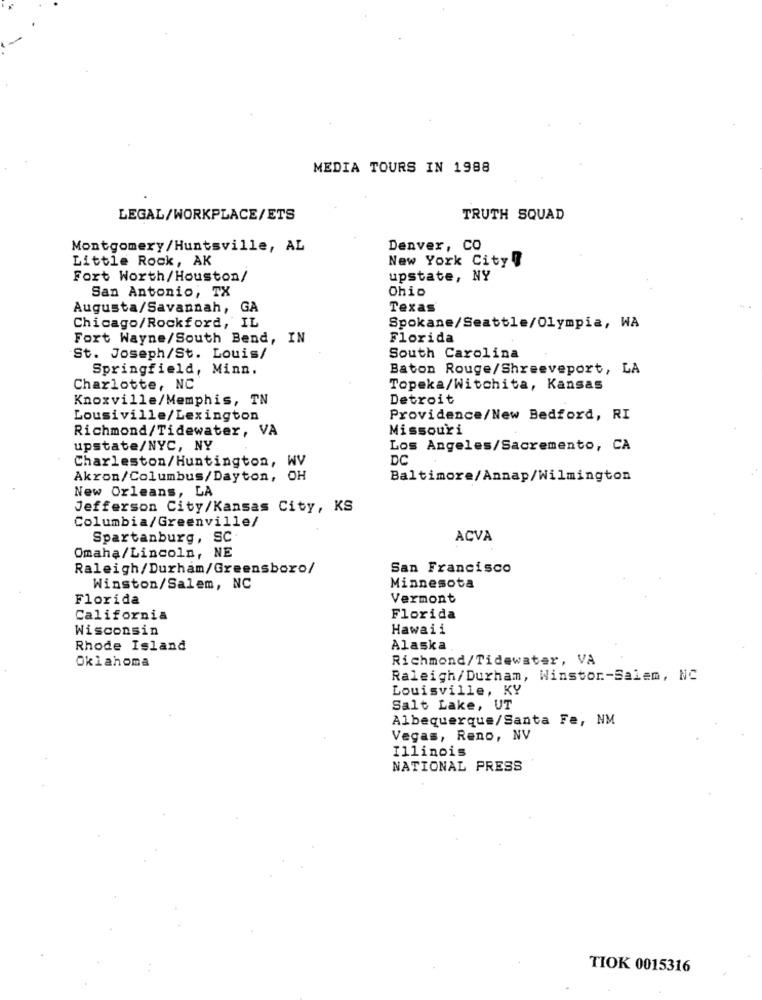
MEDIA TOURS IN 1988
LEGAL/WORKPLACE/ETS
TRUTH SQUAD
Montgomery/Huntsville, AL
Denver, CO
Little Rock, AK
New York City "
Fort Worth/Houston/
upstate, NY
Ohio
San Antonio, TX
Augusta/Savannah, GA
Texas
Chicago/Rockford, IL
Spokane/Seattle/Olympia, WA
Fort Wayne/South Bend, IN
Florida
St. Joseph/St. Louis/
South Carolina
Springfield, Minn.
Baton Rouge/Shreeveport, LA
Charlotte, NC
Topeka/Witchita, Kansas
Knoxville/Memphis, TN
Detroit
Lousiville/Lexington
Providence/New Bedford, RI
Richmond/Tidewater, VA
Missouri
upstate/NYC, NY
Los Angeles/Sacremento, CA
DC
Charleston/Huntington, WV
Akron/Columbus/Dayton, OH
Baltimore/Annap/Wilmington
New Orleans, LA
Jefferson City/Kansas City, KS
Columbia/Greenville/
Spartanburg, SC
ACVA
Omaha/Lincoln, NE
Raleigh/Durham/Greensboro/
San Francisco
Winston/Salem, NC
Minnesota
Florida
Vermont
California
Florida
Wisconsin
Hawaii
Rhode Island
Alaska
Oklahoma
Richmond/Tidewater, VA
Raleigh/Durham, Winston-Salem, NC
Louisville, KY
Salt Lake, UT
Albequerque/Santa Fe, NM
Vegas, Reno, NV
Illinois
NATIONAL PRESS
TIOK 0015316